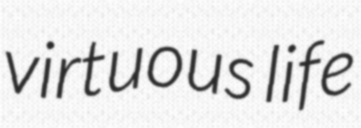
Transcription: virtuous life